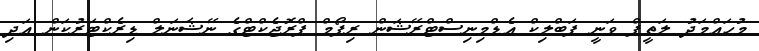
މުޙައްމަދު ލަތީފް ވަނީ ޕަބްލިކް އެޑްމިނިސްޓްރޭޝަން ރިފޯމް ޕްރޮޖެކްޓްގެ ނޭޝަނަލް ޑިރެކްޓަރުކަން އަދި